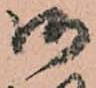
御